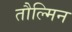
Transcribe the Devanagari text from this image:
तौल्मिन